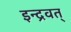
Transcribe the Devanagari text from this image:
इन्द्रवत्